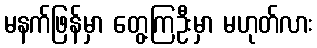
မနက်ဖြန်မှာ တွေ့ကြဦးမှာ မဟုတ်လား